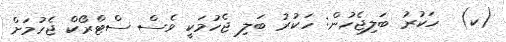
(ކ)  ހަކުރު ބަލިޖެހުން: ހަކުރު ބަލި ޖެހުމަކީ ވެސް ސްޓްރޯކް ޖެހުމަށް